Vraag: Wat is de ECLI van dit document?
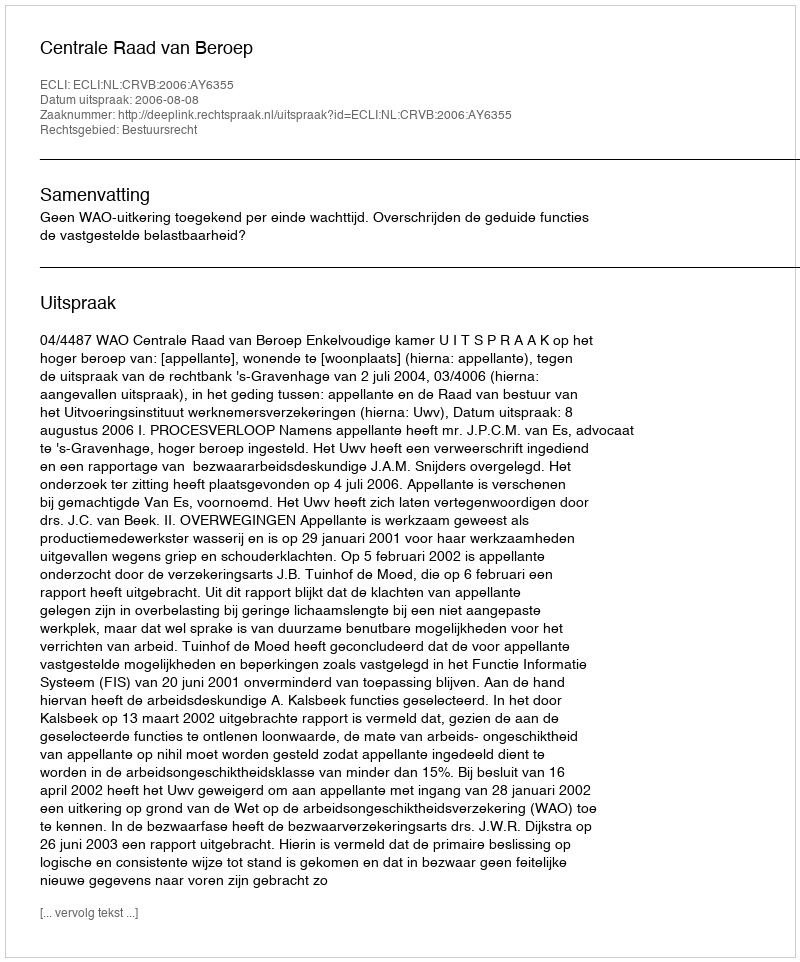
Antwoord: ECLI:NL:CRVB:2006:AY6355